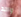
واحد